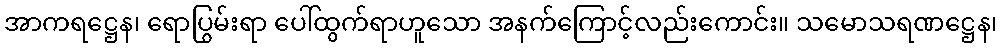
အာကရဋ္ဌေန၊ ရောပြွမ်းရာ ပေါ်ထွက်ရာဟူသော အနက်ကြောင့်လည်းကောင်း။ သမောသရဏဋ္ဌေန၊